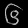
Digit: ၆